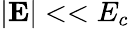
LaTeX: |{\mathbf E}|<<E_{c}